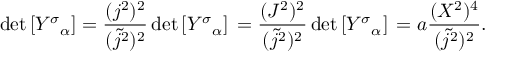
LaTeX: \mathrm { d e t } \left[ { { \cal Y } ^ { \sigma } } _ { \alpha } \right] = \frac { ( j ^ { 2 } ) ^ { 2 } } { ( { \tilde { j } } ^ { 2 } ) ^ { 2 } } \, \mathrm { d e t } \left[ { { \cal Y } ^ { \sigma } } _ { \alpha } \right] \, = \frac { ( { \cal J } ^ { 2 } ) ^ { 2 } } { ( { \tilde { j } } ^ { 2 } ) ^ { 2 } } \, \mathrm { d e t } \left[ { { \cal Y } ^ { \sigma } } _ { \alpha } \right] \, = a \frac { ( { \cal X } ^ { 2 } ) ^ { 4 } } { ( { \tilde { j } } ^ { 2 } ) ^ { 2 } } .